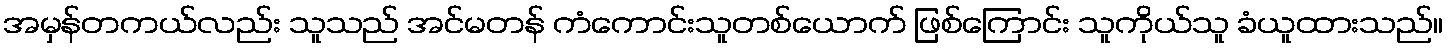
အမှန်တကယ်လည်း သူသည် အင်မတန် ကံကောင်းသူတစ်ယောက် ဖြစ်ကြောင်း သူကိုယ်သူ ခံယူထားသည်။